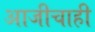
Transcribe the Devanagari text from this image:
आजीचाही